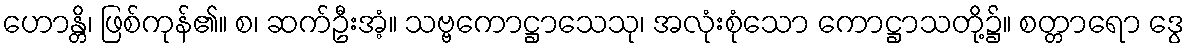
ဟောန္တိ၊ ဖြစ်ကုန်၏။ စ၊ ဆက်ဦးအံ့။ သဗ္ဗကောဋ္ဌာသေသု၊ အလုံးစုံသော ကောဋ္ဌာသတို့၌။ စတ္တာရော ဒွေ